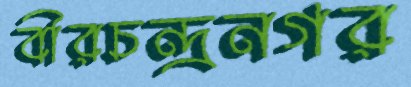
বীরচন্দ্রনগর